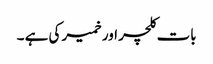
بات کلچر اورخمیر کی ہے ۔